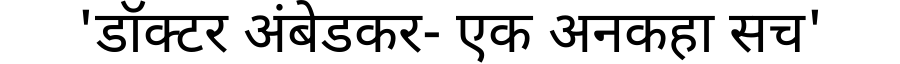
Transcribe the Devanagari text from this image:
'डॉक्टर अंबेडकर- एक अनकहा सच'